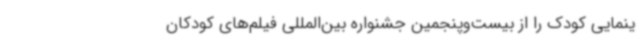
ینمایی کودک را از بیست‌وپنجمین جشنواره بین‌المللی فیلم‌های کودکان